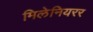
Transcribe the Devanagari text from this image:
मिलेनियरर